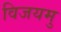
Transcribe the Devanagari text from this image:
विजयमु